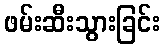
ဖမ်းဆီးသွားခြင်း